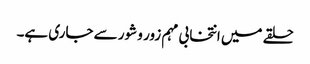
حلقے میں انتخابی مہم زور و شور سے جاری ہے۔